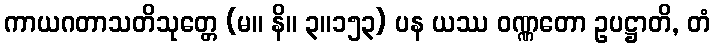
ကာယဂတာသတိသုတ္တေ (မ။ နိ။ ၃။၁၅၃) ပန ယဿ ဝဏ္ဏတော ဥပဋ္ဌာတိ, တံ